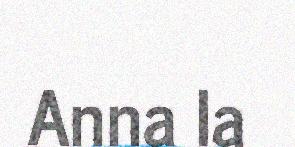
Anna la